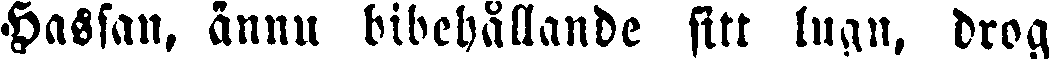
Hassan, ännu bibehållande sitt lugn, drog